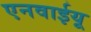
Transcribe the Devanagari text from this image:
एनवाईयू